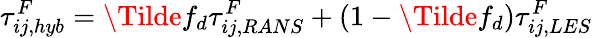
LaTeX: \tau_{ij,hyb}^{F}=\Tilde{f}_{d}\tau_{ij,RANS}^{F}+(1-\Tilde{f}_{d})\tau_{ij,LES}^{F}